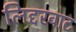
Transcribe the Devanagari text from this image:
लिद्दरवाट